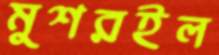
মুশরইল